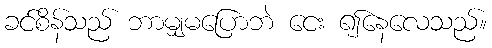
ခင်စိန်သည် ဘာမျှမပြောဘဲ ငေး ၍နေလေသည်။